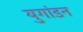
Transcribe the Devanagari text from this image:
युगांडन